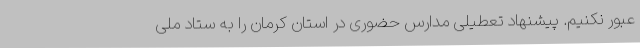
عبور نکنیم. پیشنهاد تعطیلی مدارس حضوری در استان کرمان را به ستاد ملی